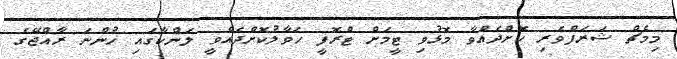
މިމެޗް ޝަރަފްވެރި ކޮށްދެއްވާ މޮޅުވި ޓީމަށް ޓްރޮފީ ހަވާލުކޮށްދެއްވީ ލަންކާގައި ހުންނަ ރާއްޖޭގެ